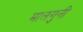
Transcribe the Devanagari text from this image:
मालगुनी